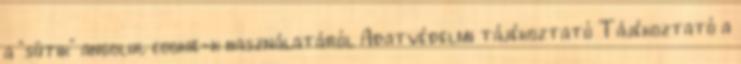
a "sütik" angolul cookie-k használatáról Adatvédelmi tájékoztató Tájékoztató a